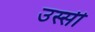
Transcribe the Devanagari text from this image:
उस्सी